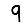
Digit: 9